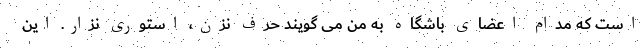
است که مدام اعضای باشگاه به من می گویند حرف نزن، استوری نزار. این